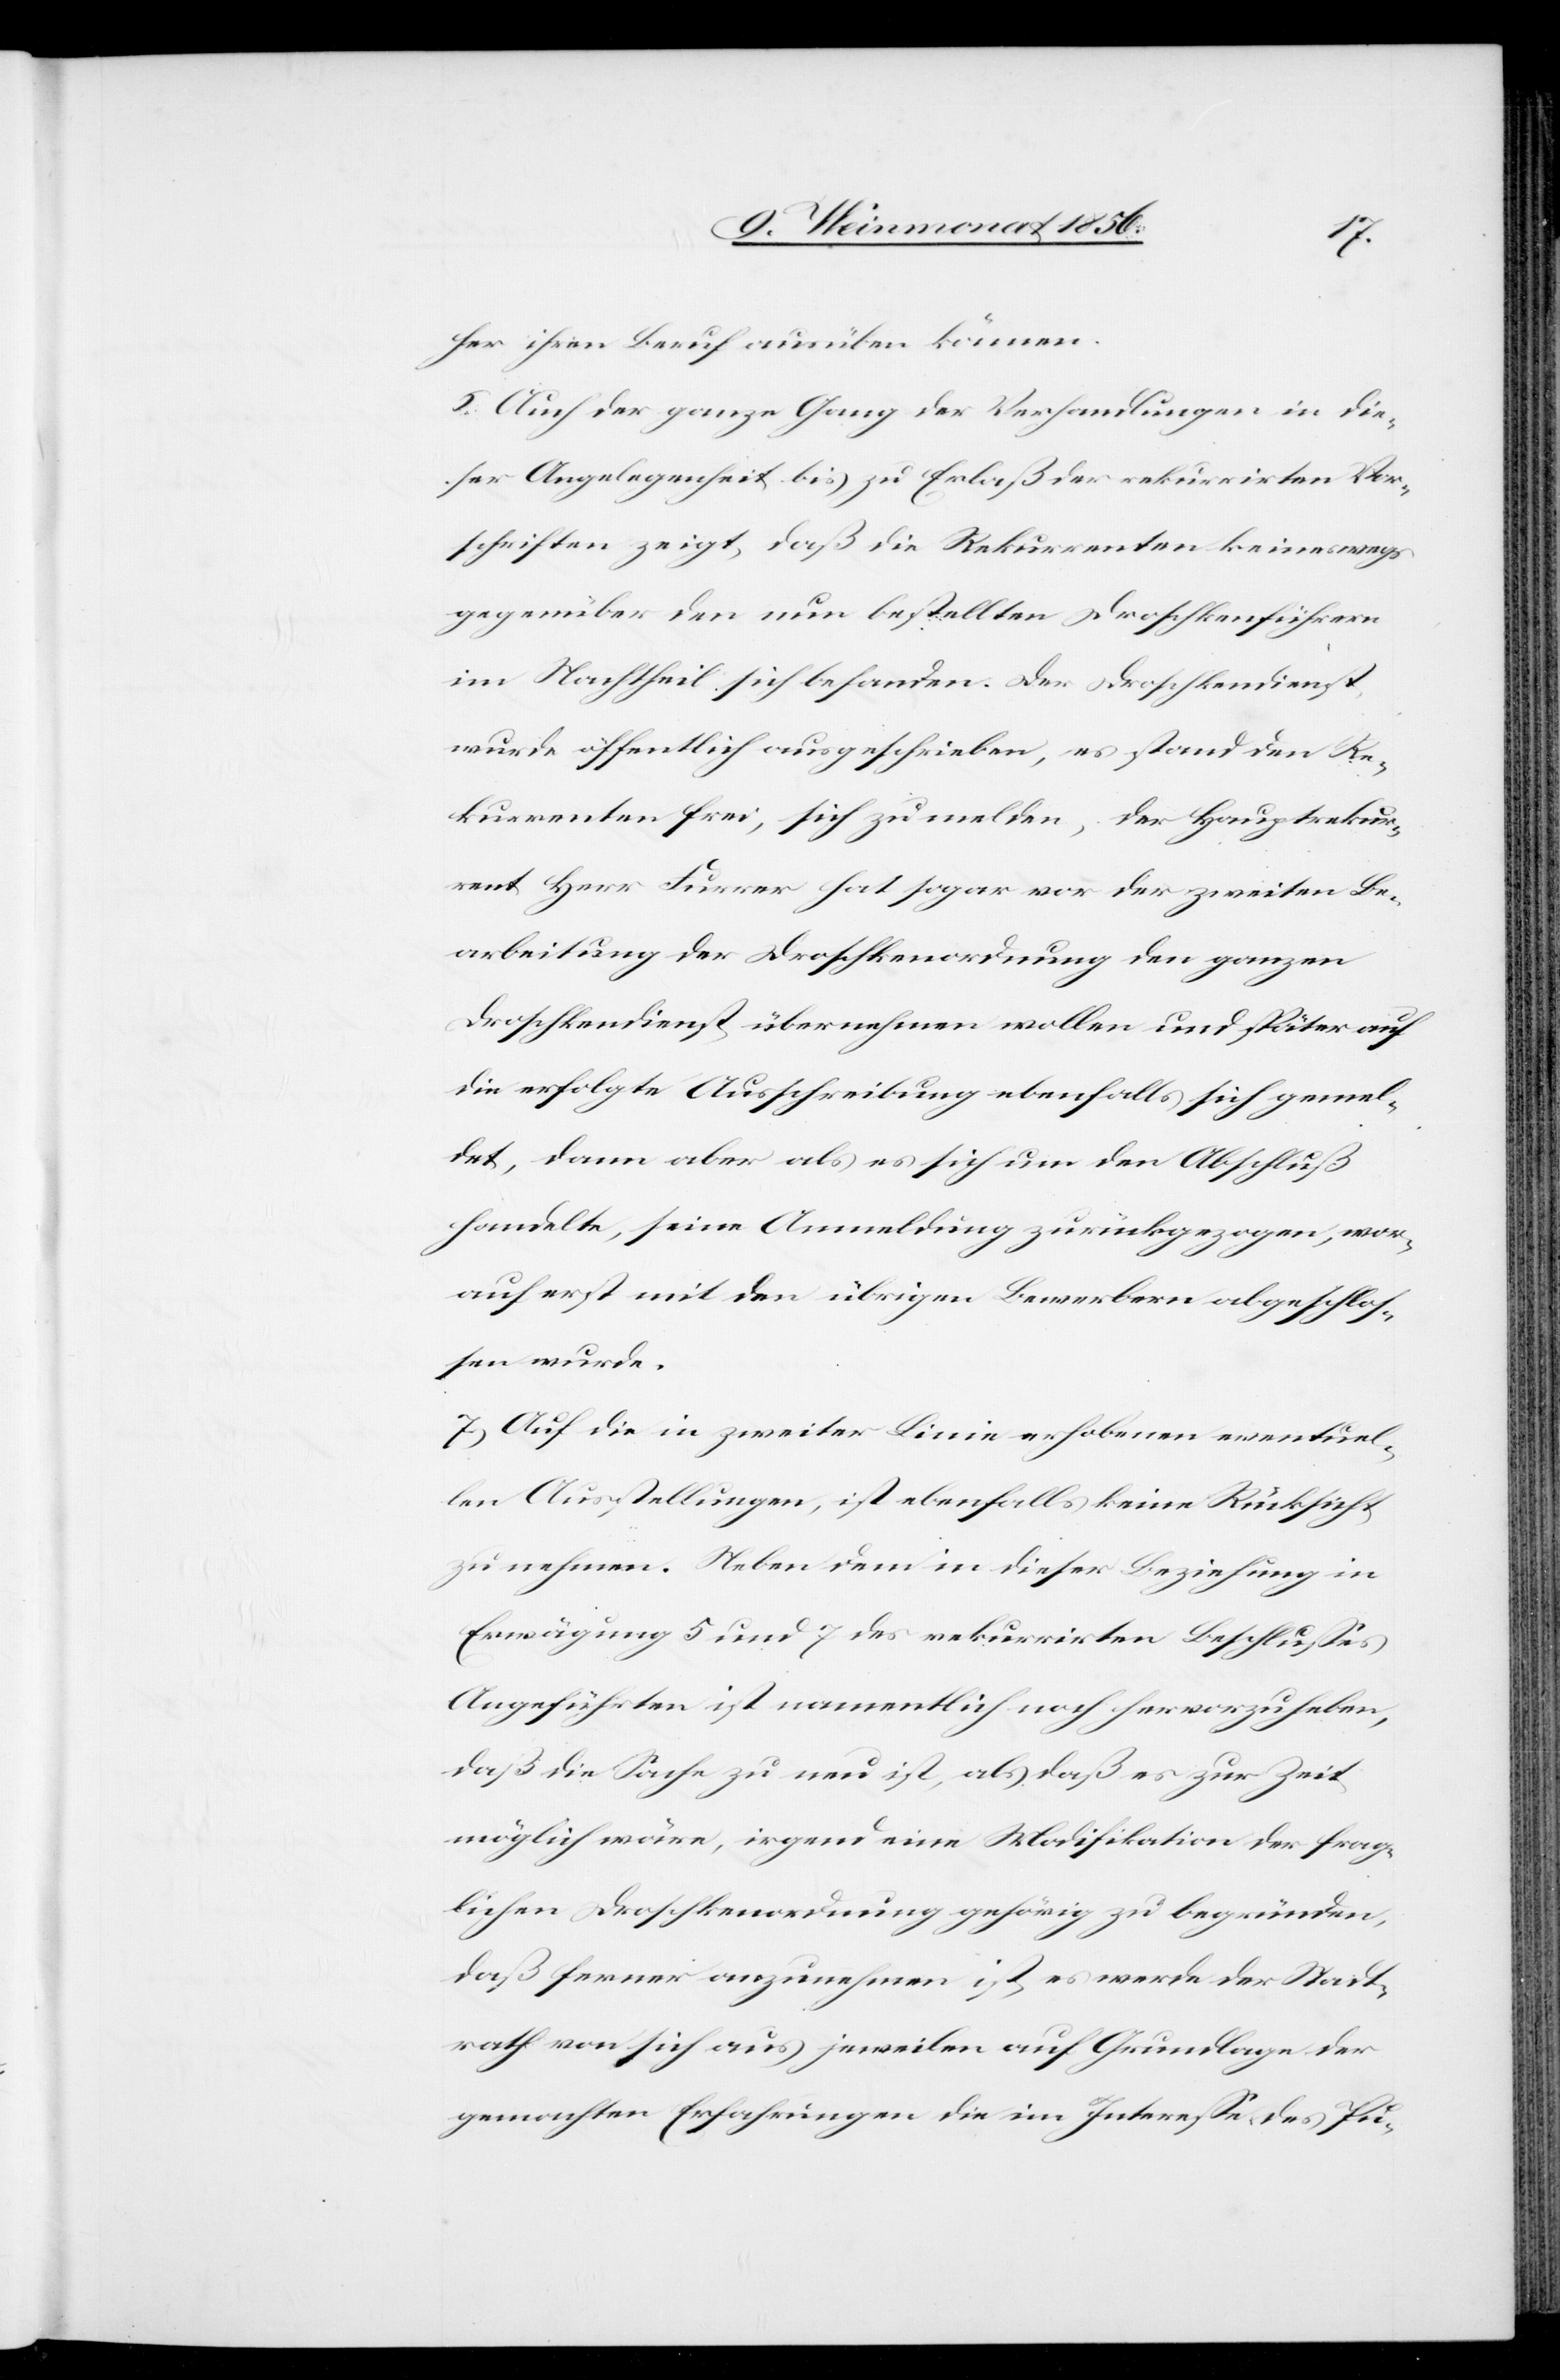
her ihren Beruf ausüben können.
6.) Auch der ganze Gang der Verhandlungen in die¬
ser Angelegenheit bis zu Erlaß der rekurrirten Vor¬
schriften zeigt, daß die Rekurrenten keineswegs
gegenüber den nun bestellten Droschkenführern
im Nachtheil sich befanden. Der Droschkendienst
wurde öffentlich ausgeschrieben, es stand den Re¬
kurrenten frei, sich zu melden, der Hauptrekur¬
rent Herr Furrer hat sogar vor der zweiten Be¬
arbeitung der Droschkenordnung den ganzen
Droschkendienst übernehmen wollen und später auf
die erfolgte Ausschreibung ebenfalls sich gemel¬
det, dann aber als es sich um den Abschluß
handelte, seine Anmeldung zurückgezogen, wor¬
auf erst mit den übrigen Bewerbern abgeschlos¬
sen wurde.
7.) Auf die in zweiter Linie erhobenen eventuel¬
len Ausstellungen, ist ebenfalls keine Rücksicht
zu nehmen. Neben dem in dieser Beziehung in
Erwägung 5 und 7 des rekurrirten Beschlusses
Angeführten ist namentlich noch hervorzuheben,
daß die Sache zu neu ist, als daß es zur Zeit
möglich wäre, irgend eine Modifikation der frag¬
lichen Droschkenordnung gehörig zu begründen,
daß ferner anzunehmen ist, es werde der Stadt¬
rath von sich aus jeweilen auf Grundlage der
gemachten Erfahrungen die im Interesse des Pu-